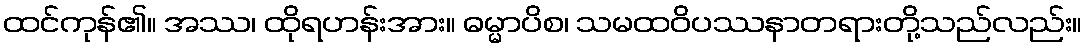
ထင်ကုန်၏။ အဿ၊ ထိုရဟန်းအား။ ဓမ္မာပိစ၊ သမထဝိပဿနာတရားတို့သည်လည်း။